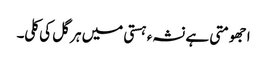
ا جھومتی ہے نشہء ہستی میں ہر گل کی کلی۔